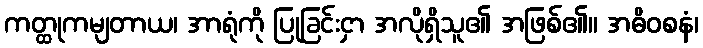
ကတ္ထုကမျတာယ၊ အာရုံကို ပြုခြင်းငှာ အလိုရှိသူ၏ အဖြစ်၏။ အဓိဝစနံ၊